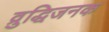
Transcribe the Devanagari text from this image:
व्रुद्धिजनक